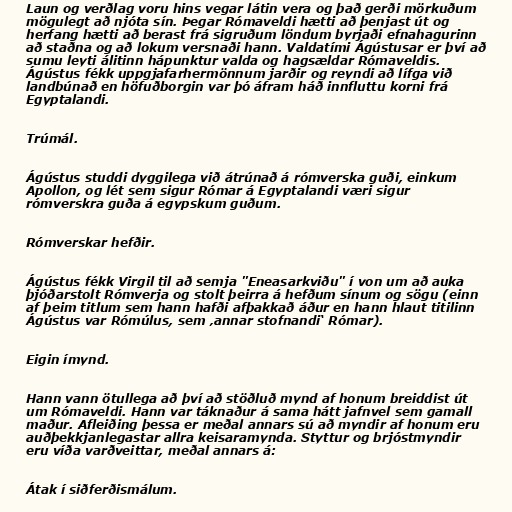
Laun og verðlag voru hins vegar látin vera og það gerði mörkuðum
mögulegt að njóta sín. Þegar Rómaveldi hætti að þenjast út og
herfang hætti að berast frá sigruðum löndum byrjaði efnahagurinn
að staðna og að lokum versnaði hann. Valdatími Ágústusar er því að
sumu leyti álitinn hápunktur valda og hagsældar Rómaveldis.
Ágústus fékk uppgjafarhermönnum jarðir og reyndi að lífga við
landbúnað en höfuðborgin var þó áfram háð innfluttu korni frá
Egyptalandi.

Trúmál.

Ágústus studdi dyggilega við átrúnað á rómverska guði, einkum
Apollon, og lét sem sigur Rómar á Egyptalandi væri sigur
rómverskra guða á egypskum guðum.

Rómverskar hefðir.

Ágústus fékk Virgil til að semja "Eneasarkviðu" í von um að auka
þjóðarstolt Rómverja og stolt þeirra á hefðum sínum og sögu (einn
af þeim titlum sem hann hafði afþakkað áður en hann hlaut titilinn
Ágústus var Rómúlus, sem ‚annar stofnandi‘ Rómar).

Eigin ímynd.

Hann vann ötullega að því að stöðluð mynd af honum breiddist út
um Rómaveldi. Hann var táknaður á sama hátt jafnvel sem gamall
maður. Afleiðing þessa er meðal annars sú að myndir af honum eru
auðþekkjanlegastar allra keisaramynda. Styttur og brjóstmyndir
eru víða varðveittar, meðal annars á:

Átak í siðferðismálum.